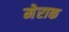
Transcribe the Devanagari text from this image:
मेराक